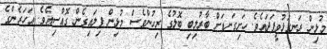
މުޅިން ރަނގަޅުވީފަދައެވެ. ހަށިގަނޑަށް ބާރުލިބި ބޮލުގެ ރިހުންވެސް މުޅިން ފިލައިގެން ގޮއްސިއެވެ. އަހަރެންގެ